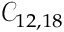
\mathcal { C } _ { 1 2 , 1 8 }